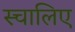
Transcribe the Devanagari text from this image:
स्चालिए